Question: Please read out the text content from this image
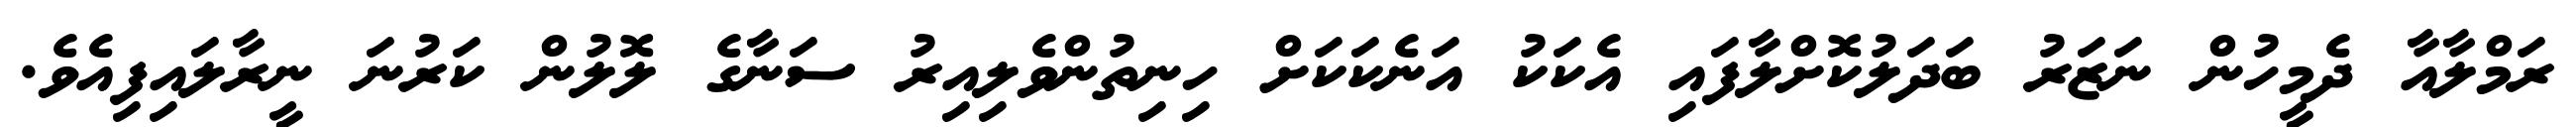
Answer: ރަމްލާއާ ދެމީހުން ނަޒަރު ބަދަލުކޮށްލާފައި އެކަކު އަނެކަކަށް ހިނިތުންވެލިއިރު ސަނާގެ ލޮލުން ކަރުނަ ނީރާލައިފިއެވެ.